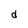
Character: d